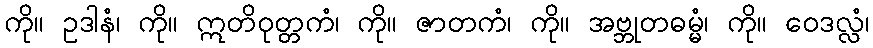
ကို။ ဥဒါနံ၊ ကို။ ဣတိဝုတ္တကံ၊ ကို။ ဇာတကံ၊ ကို။ အဗ္ဘုတဓမ္မံ၊ ကို။ ဝေဒလ္လံ၊